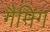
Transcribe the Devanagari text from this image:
गैमिग